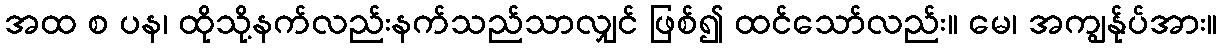
အထ စ ပန၊ ထိုသို့နက်လည်းနက်သည်သာလျှင် ဖြစ်၍ ထင်သော်လည်း။ မေ၊ အကျွန်ုပ်အား။